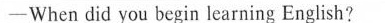
──When did you begin learning English?